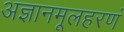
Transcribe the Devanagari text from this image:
अज्ञानमूलहरणं